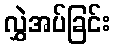
လွှဲအပ်ခြင်း